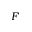
{ \cal F }